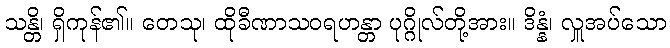
သန္တိ၊ ရှိကုန်၏။ တေသု၊ ထိုခီဏာသဝရဟန္တာ ပုဂ္ဂိုလ်တို့အား။ ဒိန္နံ၊ လှူအပ်သော